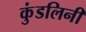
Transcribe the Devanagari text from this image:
कुंडलिनी